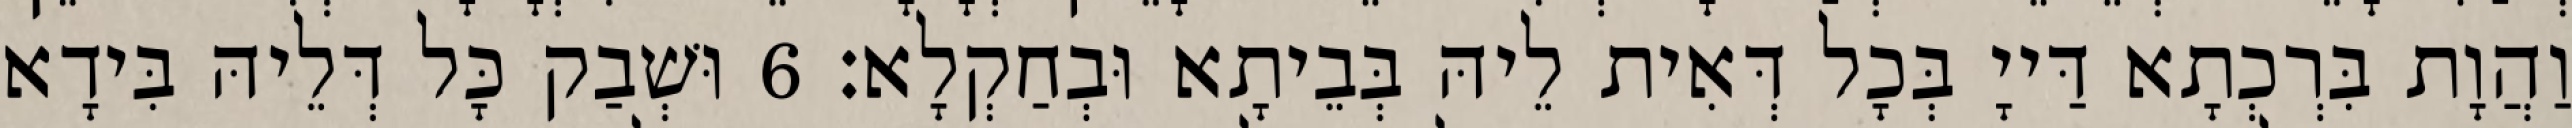
וַהֲוָת בִּרְכְתָא דַּייָ בְּכָל דְּאִית לֵיהּ בְּבֵיתָא וּבְחַקְלָא׃ 6 וּשְׁבַק כָּל דְּלֵיהּ בִּידָא